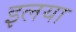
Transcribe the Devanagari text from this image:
इलया